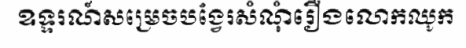
ឧទ្ទរណ៍សម្រេចបង្វែរសំណុំរឿងលោកឈូក